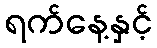
ရက်နေ့နှင့်